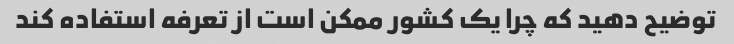
توضیح دهید که چرا یک کشور ممکن است از تعرفه استفاده کند